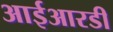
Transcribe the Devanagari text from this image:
आईआरडी